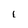
Character: i